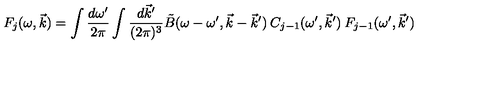
F _ { j } ( \omega , \vec { k } ) = \int \frac { d \omega ^ { \prime } } { 2 \pi } \int \frac { d \vec { k } ^ { \prime } } { ( 2 \pi ) ^ { 3 } } \tilde { B } ( \omega - \omega ^ { \prime } , \vec { k } - \vec { k } ^ { \prime } ) \: C _ { j - 1 } ( \omega ^ { \prime } , \vec { k } ^ { \prime } ) \: F _ { j - 1 } ( \omega ^ { \prime } , \vec { k } ^ { \prime } )